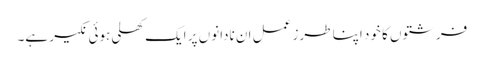
فرشتوں کا خود اپنا طرز عمل ان نادانوں پر ایک کھلی ہوئی نکیر ہے۔